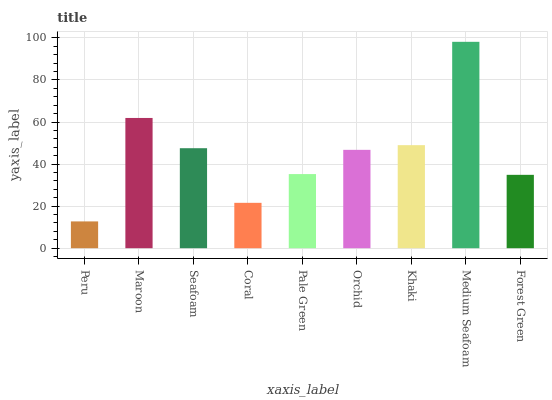
| xaxis_label | bars |
 | --- | --- |
 | Peru | 12.7 |
 | Maroon | 61.9 |
 | Seafoam | 47.6 |
 | Coral | 21.6 |
 | Pale Green | 35.3 |
 | Orchid | 46.8 |
 | Khaki | 49 |
 | Medium Seafoam | 98.1 |
 | Forest Green | 34.9 |